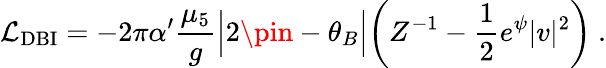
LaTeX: {\cal\mathcal{L}}_{\mathrm{{DBI}}}=-2\pi\alpha^{\prime}\frac{{\mu_{5}}}{{g}}\Bigl|2\pin-\theta_{B}\Bigr|\biggl(Z^{-1}-\frac{{1}}{{2}}e^{\psi}|v|^{2}\biggr)\ .